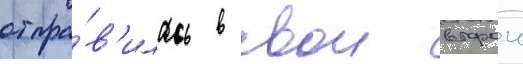
отпра́в'илась в свои второи